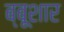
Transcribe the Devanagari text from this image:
ब्बूशार